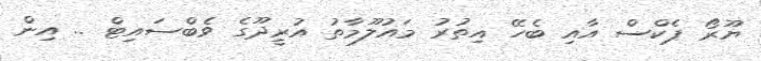
ޔޫރޯ ޕެކްސް އާއި ބެހޭ އިތުރު މައުލޫމާތު އުރީދޫގެ ވެބްސައިޓް .. އިން